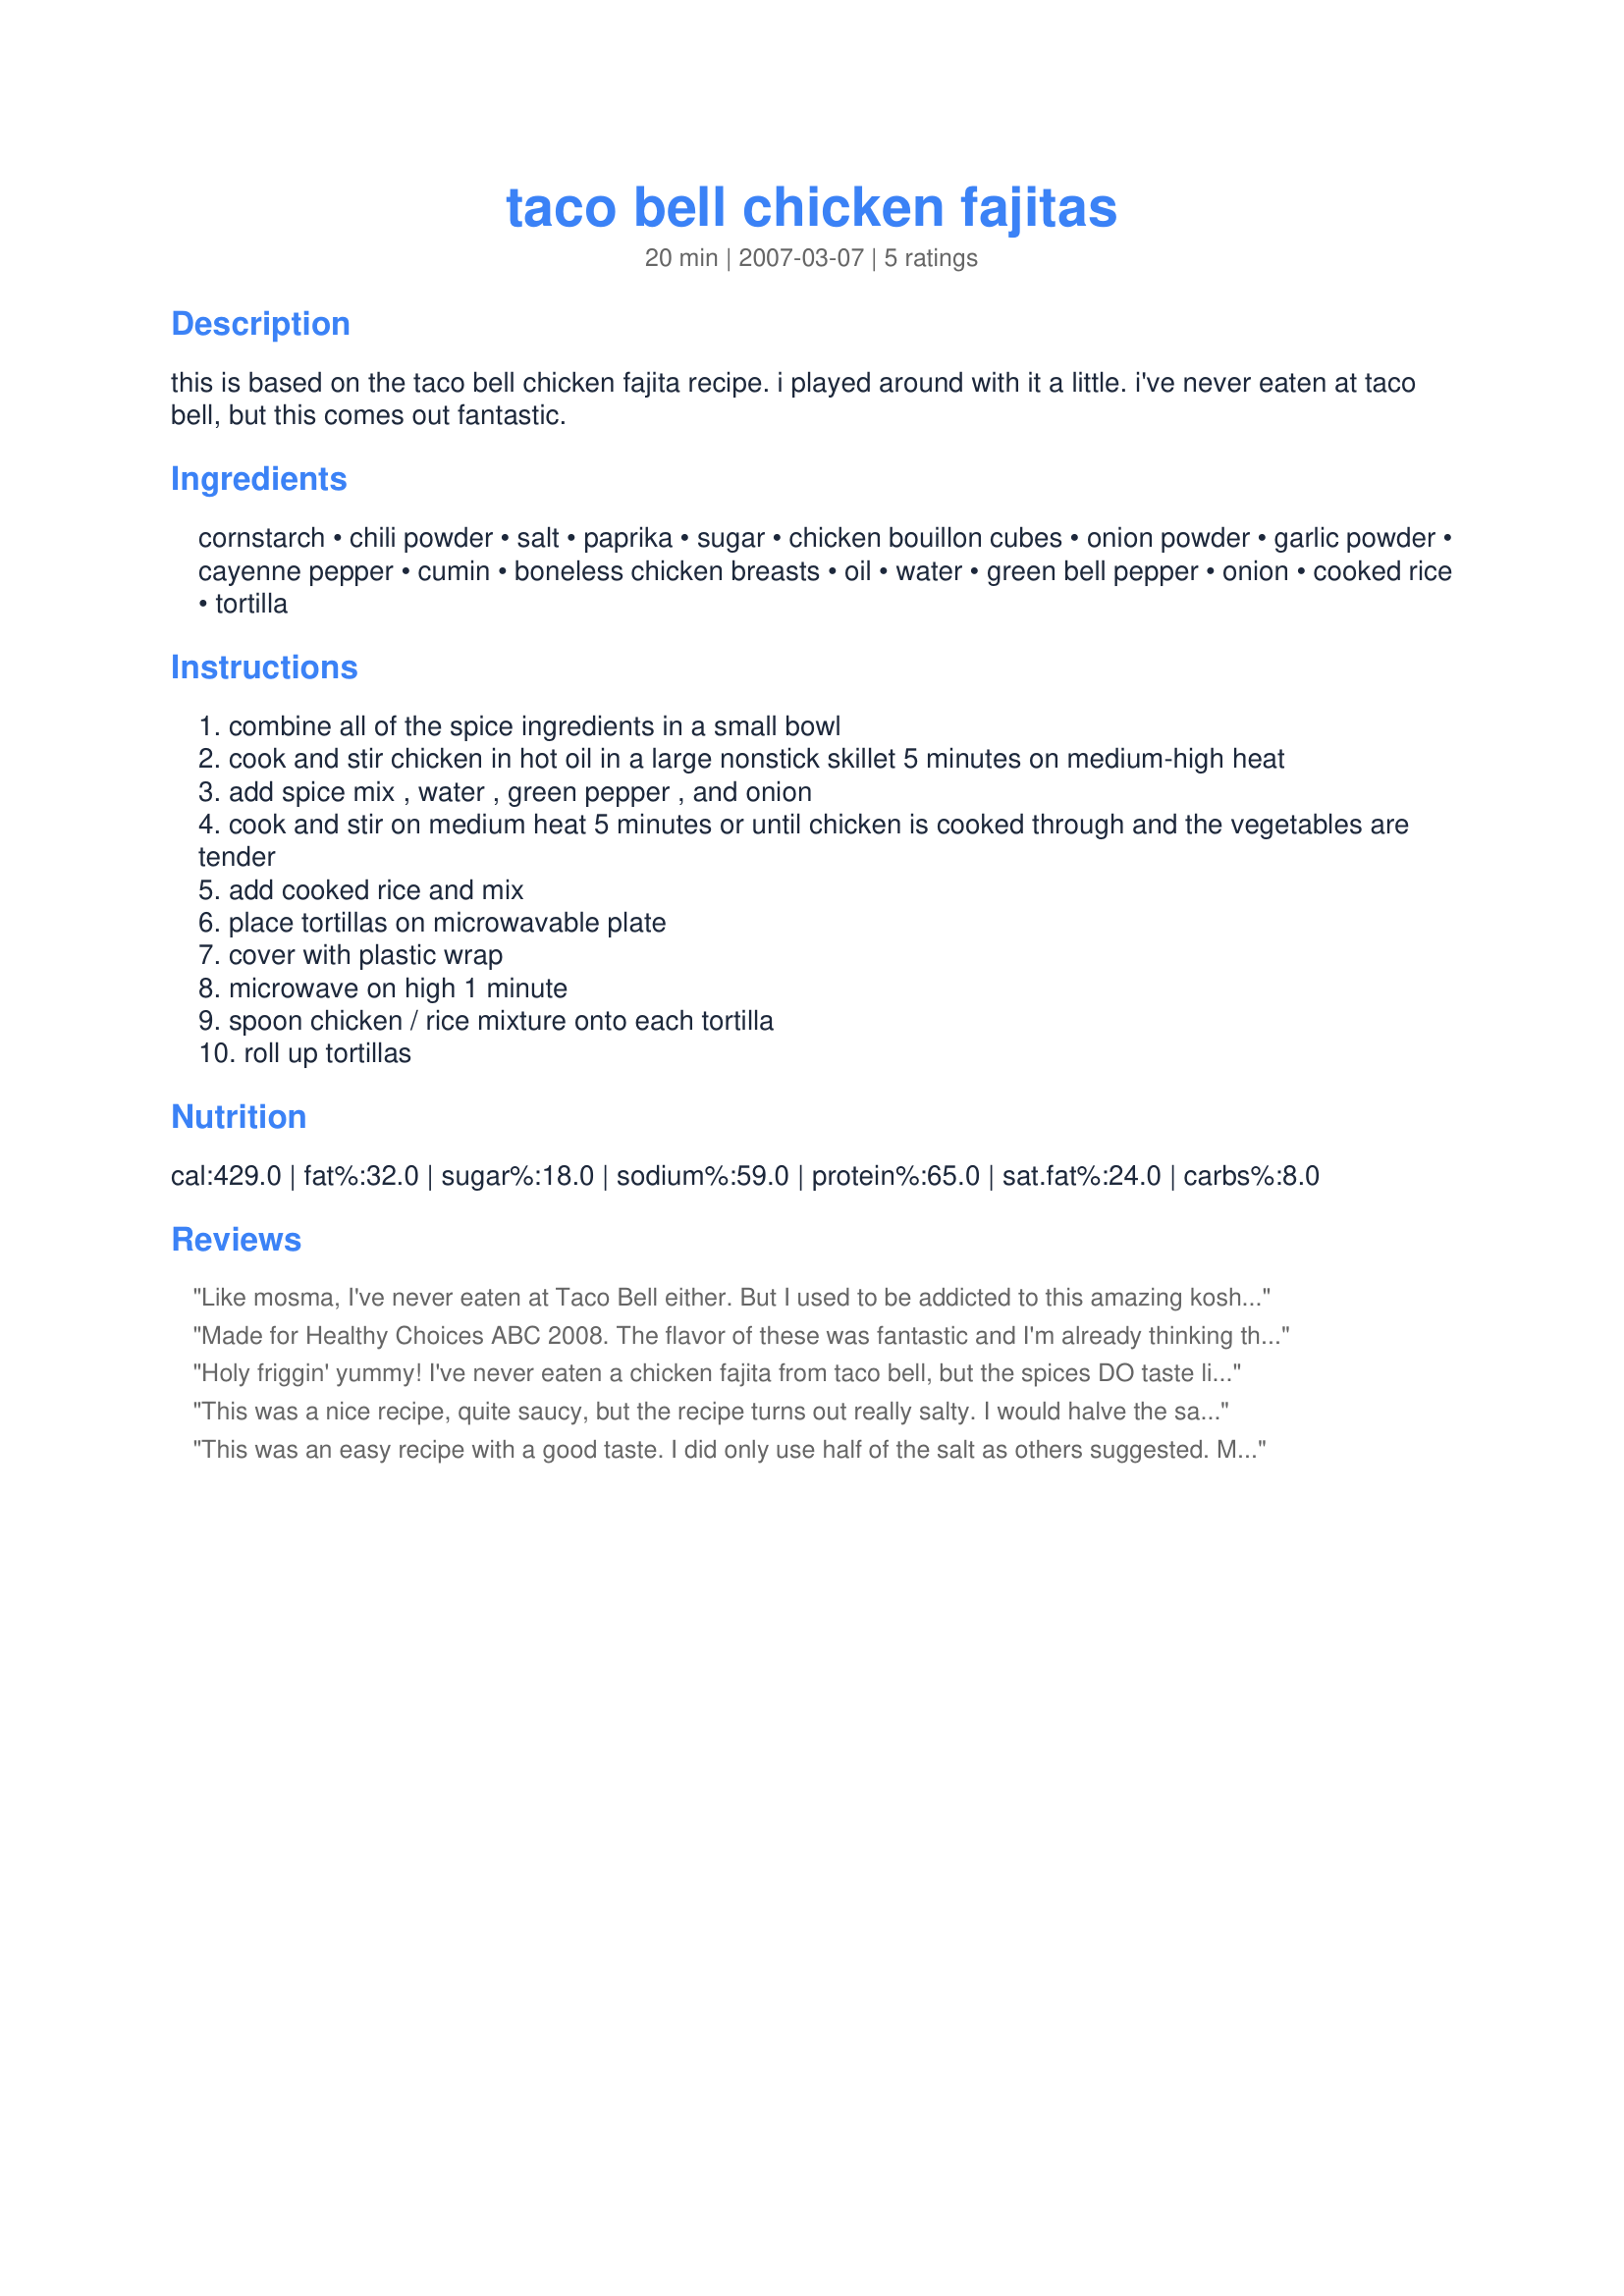
taco bell chicken fajitas
Preparation time: 20 minutes

this is based on the taco bell chicken fajita recipe. i played around with it a little. i've never eaten at taco bell, but this comes out fantastic.

Ingredients:
cornstarch, chili powder, salt, paprika, sugar, chicken bouillon cubes, onion powder, garlic powder, cayenne pepper, cumin, boneless chicken breasts, oil, water, green bell pepper, onion, cooked rice, tortilla

Steps:
combine all of the spice ingredients in a small bowl
cook and stir chicken in hot oil in a large nonstick skillet 5 minutes on medium-high heat
add spice mix , water , green pepper , and onion
cook and stir on medium heat 5 minutes or until chicken is cooked through and the vegetables are tender
add cooked rice and mix
place tortillas on microwavable plate
cover with plastic wrap
microwave on high 1 minute
spoon chicken / rice mixture onto each tortilla
roll up tortillas

Reviews:
Like mosma, I've never eaten at Taco Bell either. But I used to be addicted to this amazing kosher Mexican restaurant in Jerusalem and had the best fajitas there. Sadly, the restaurant closed down and I've since moved away from Jerusalem in any case. You can imagine how happy I was to find a recipe that actually approximates the great fajitas I used to once enjoy! This recipe is really easy to make, and it really impresses anyone who really isn't familiar with Mexican food (most of our friends). The only change I made was to use a huge onion instead of a medium one, we really like the flavor. I also added a little fresh cilantro before I rolled up my tortilla. Thanks for the recipe!
Made for Healthy Choices ABC 2008. The flavor of these was fantastic and I'm already thinking that it would be good with beef or pork as well. I made a double recipe as I have two hungry young men in my house along with DH and DD and I knew that one pound of chicken just wouldn't be enough. As one of the other reviewers noted that it was quite salty, I did halve the amount of salt and it was just right. I will most definitely make these again, but I may only make half the sauce as they were a bit saucy and our tortillas fell apart. Other than that it was fantastic! Thanks mosma for posting this recipe!
Holy friggin' yummy! I've never eaten a chicken fajita from taco bell, but the spices DO taste like their spicy burrito seasoning. I made it as written except using dried onion flakes instead of onion powder and minced garlic instead of garlic powder. My spice loving DH was very excited to read the spice ingredients list and he wasn't dissapointed once they were ready!
This was a nice recipe, quite saucy, but the recipe turns out really salty. I would halve the salt. Otherwise it was delicious.
This was an easy recipe with a good taste. I did only use half of the salt as others suggested. Made for Please Review My Recipe
